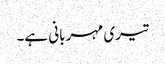
تیری مہربانی ہے۔